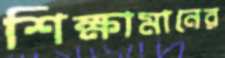
শিক্ষামানের